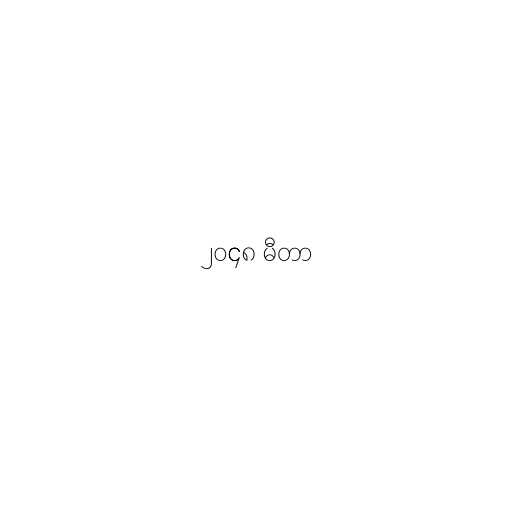
၂၀၄၈ မီတာ